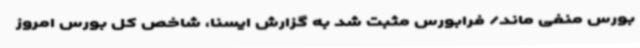
بورس منفی ماند/ فرابورس مثبت شد به گزارش ایسنا، شاخص کل بورس امروز